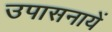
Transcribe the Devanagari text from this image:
उपासनायें